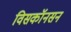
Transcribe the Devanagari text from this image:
विसकॉनसन